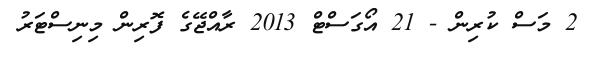
2 މަސް ކުރިން - 21 އޯގަސްޓް 2013 ރާއްޖޭގެ ފޮރިން މިނިސްޓަރު